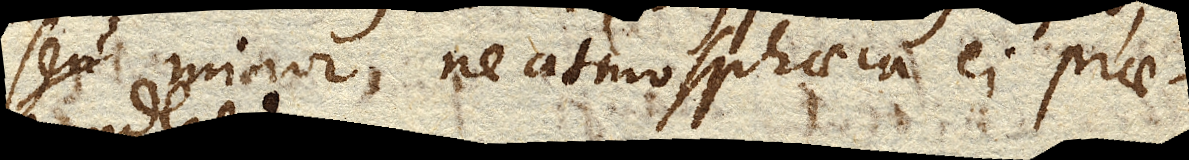
minor ne atmosphaera ei prae